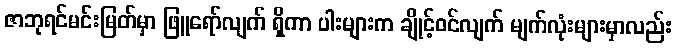
ဇာဘုရင်မင်းမြတ်မှာ ဖြူရော်လျက် ရှိကာ ပါးများက ချိုင့်ဝင်လျက် မျက်လုံးများမှာလည်း